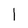
Character: l